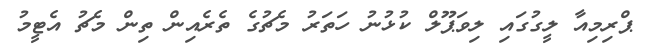
ޕްރިމިއާ ލީގުގައި ލިވަޕޫލް ކުޅުނު ހަތަރު މެޗުގެ ތެރެއިން ތިން މެޗު އެޓީމު